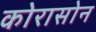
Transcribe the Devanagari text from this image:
कोरासोन